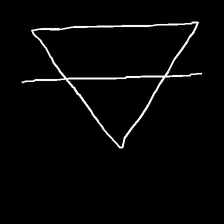
Glyph: empower